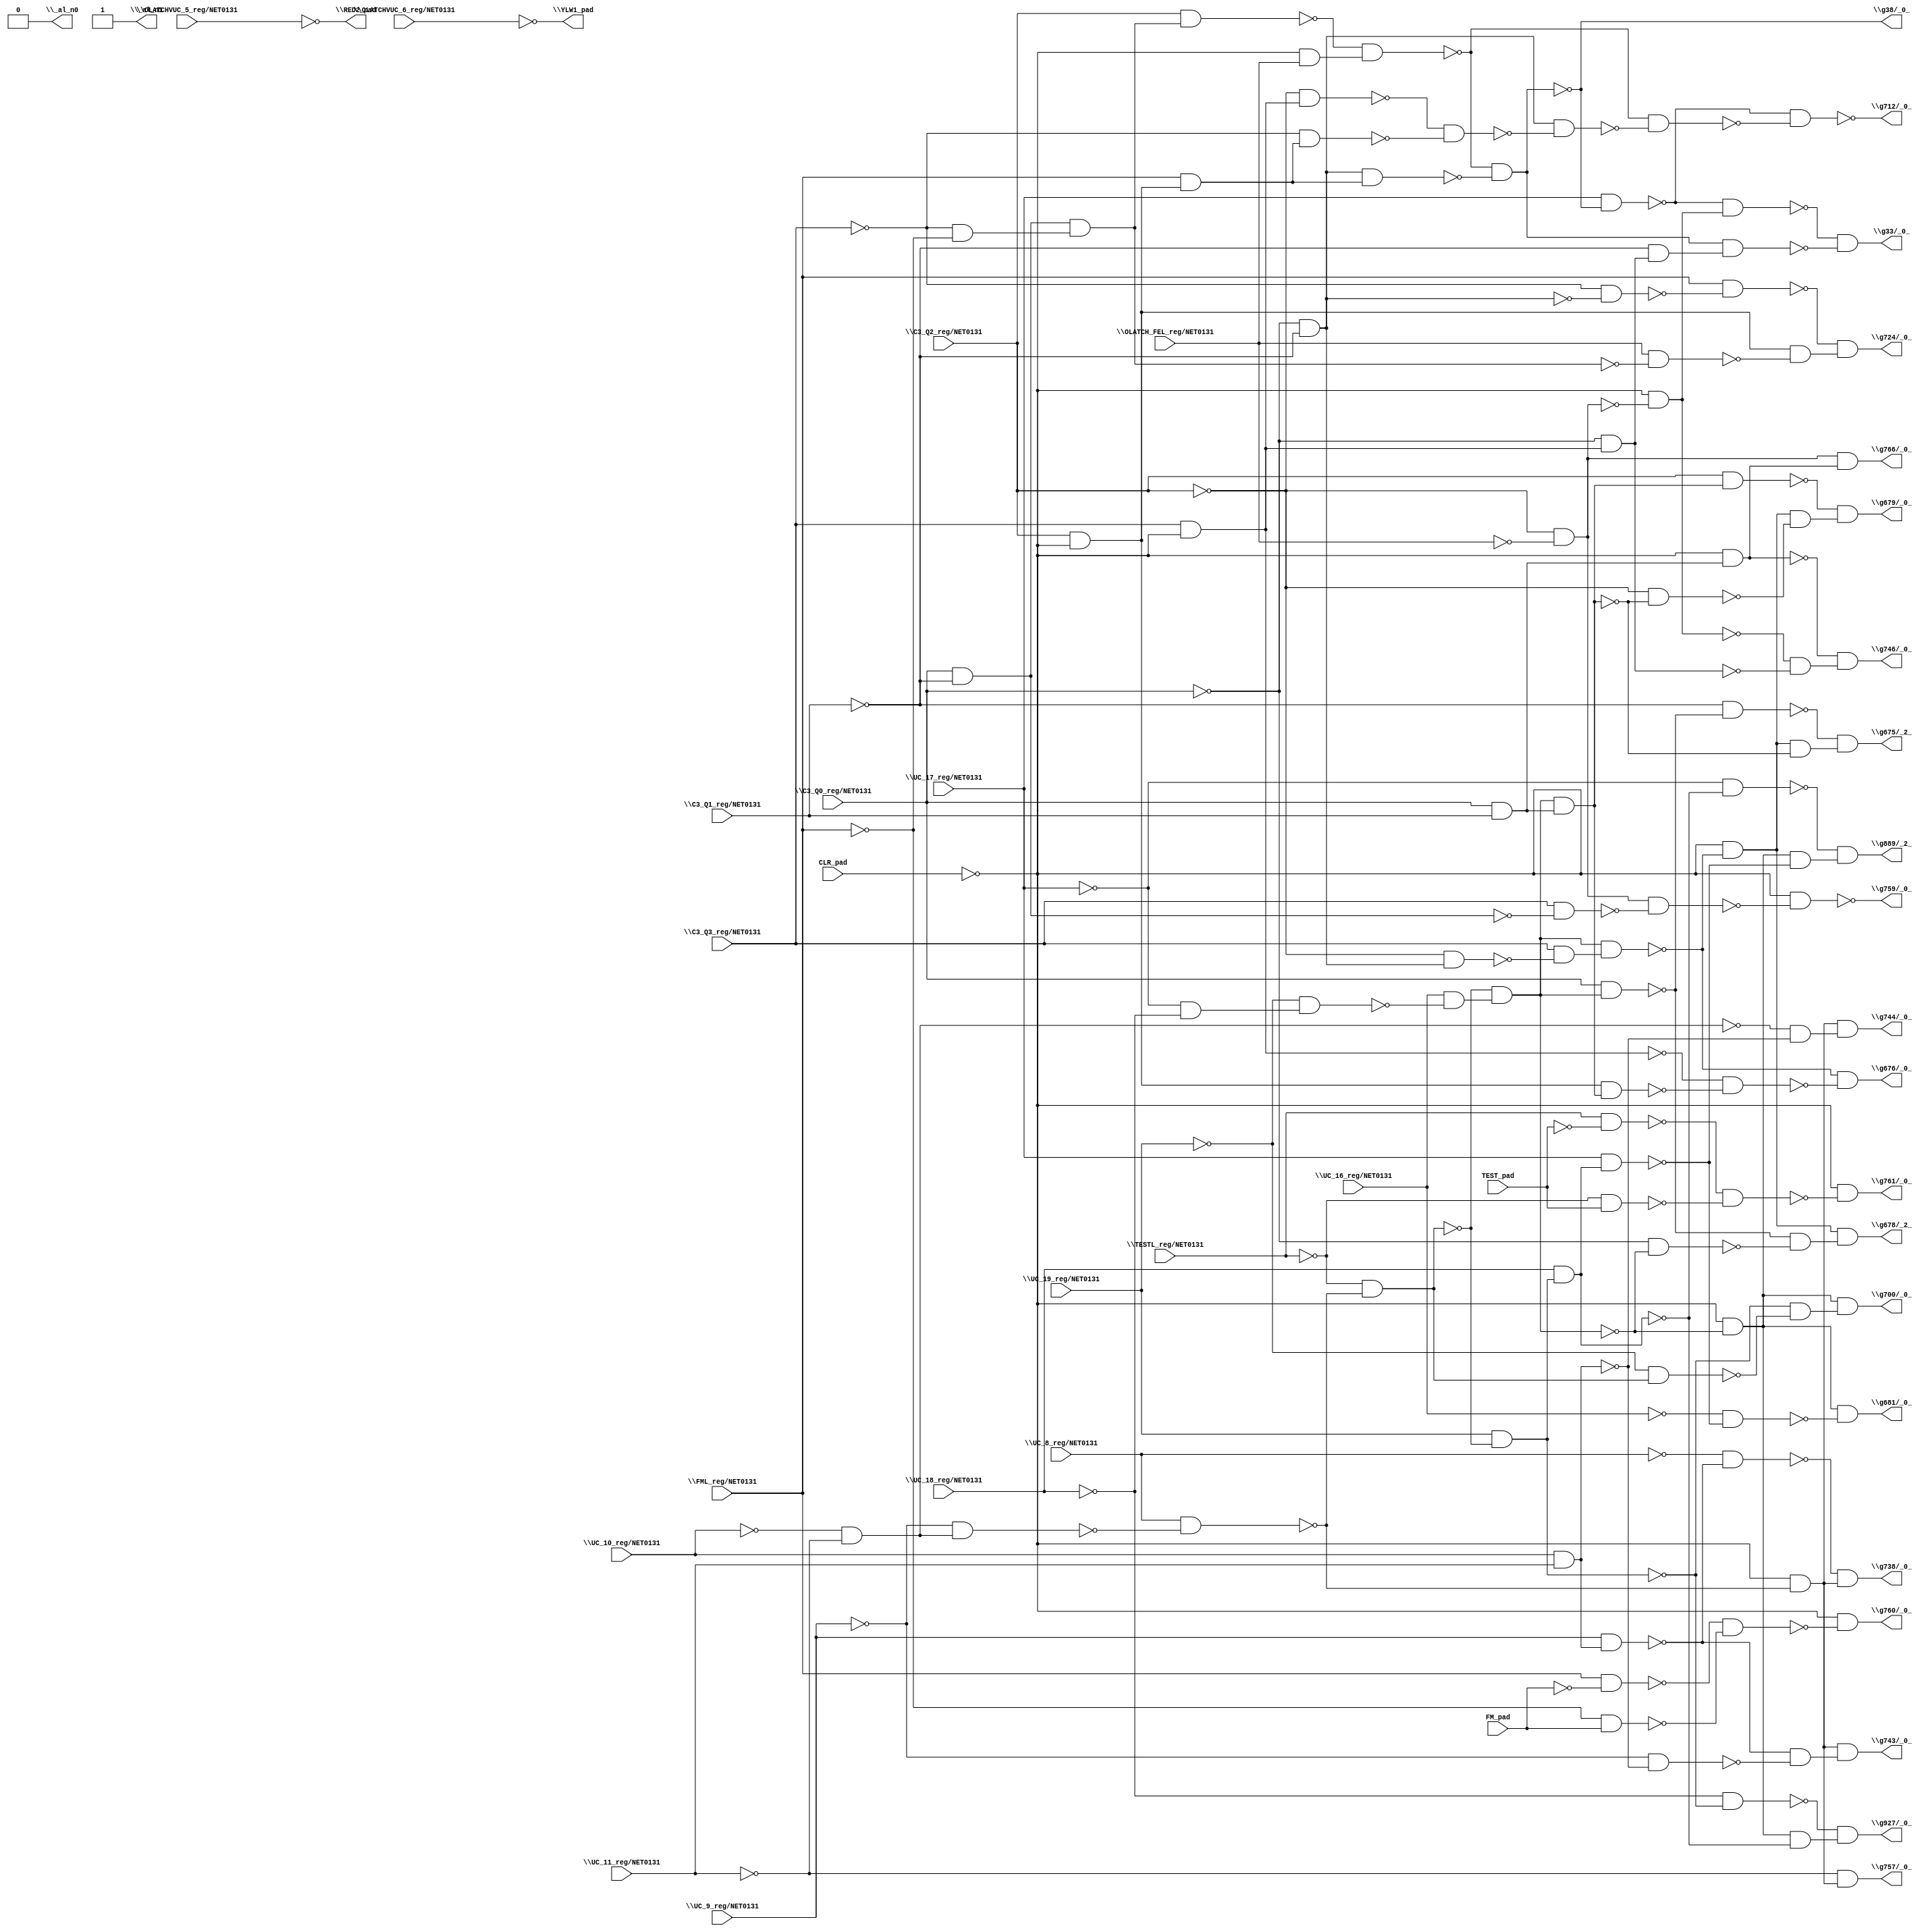
module top( \C3_Q0_reg/NET0131  , \C3_Q1_reg/NET0131  , \C3_Q2_reg/NET0131  , \C3_Q3_reg/NET0131  , CLR_pad , \FML_reg/NET0131  , FM_pad , \OLATCHVUC_5_reg/NET0131  , \OLATCHVUC_6_reg/NET0131  , \OLATCH_FEL_reg/NET0131  , \TESTL_reg/NET0131  , TEST_pad , \UC_10_reg/NET0131  , \UC_11_reg/NET0131  , \UC_16_reg/NET0131  , \UC_17_reg/NET0131  , \UC_18_reg/NET0131  , \UC_19_reg/NET0131  , \UC_8_reg/NET0131  , \UC_9_reg/NET0131  , \RED2_pad  , \YLW1_pad  , \_al_n0  , \_al_n1  , \g33/_0_  , \g38/_0_  , \g675/_2_  , \g676/_0_  , \g678/_2_  , \g679/_0_  , \g681/_0_  , \g700/_0_  , \g712/_0_  , \g724/_0_  , \g738/_0_  , \g743/_0_  , \g744/_0_  , \g746/_0_  , \g757/_0_  , \g759/_0_  , \g760/_0_  , \g761/_0_  , \g766/_0_  , \g889/_2_  , \g927/_0_  );
  input \C3_Q0_reg/NET0131  ;
  input \C3_Q1_reg/NET0131  ;
  input \C3_Q2_reg/NET0131  ;
  input \C3_Q3_reg/NET0131  ;
  input CLR_pad ;
  input \FML_reg/NET0131  ;
  input FM_pad ;
  input \OLATCHVUC_5_reg/NET0131  ;
  input \OLATCHVUC_6_reg/NET0131  ;
  input \OLATCH_FEL_reg/NET0131  ;
  input \TESTL_reg/NET0131  ;
  input TEST_pad ;
  input \UC_10_reg/NET0131  ;
  input \UC_11_reg/NET0131  ;
  input \UC_16_reg/NET0131  ;
  input \UC_17_reg/NET0131  ;
  input \UC_18_reg/NET0131  ;
  input \UC_19_reg/NET0131  ;
  input \UC_8_reg/NET0131  ;
  input \UC_9_reg/NET0131  ;
  output \RED2_pad  ;
  output \YLW1_pad  ;
  output \_al_n0  ;
  output \_al_n1  ;
  output \g33/_0_  ;
  output \g38/_0_  ;
  output \g675/_2_  ;
  output \g676/_0_  ;
  output \g678/_2_  ;
  output \g679/_0_  ;
  output \g681/_0_  ;
  output \g700/_0_  ;
  output \g712/_0_  ;
  output \g724/_0_  ;
  output \g738/_0_  ;
  output \g743/_0_  ;
  output \g744/_0_  ;
  output \g746/_0_  ;
  output \g757/_0_  ;
  output \g759/_0_  ;
  output \g760/_0_  ;
  output \g761/_0_  ;
  output \g766/_0_  ;
  output \g889/_2_  ;
  output \g927/_0_  ;
  wire n21 , n22 , n23 , n24 , n25 , n26 , n27 , n28 , n29 , n30 , n31 , n32 , n33 , n34 , n35 , n36 , n37 , n38 , n39 , n40 , n41 , n42 , n43 , n44 , n45 , n46 , n47 , n48 , n49 , n50 , n51 , n52 , n53 , n54 , n55 , n56 , n57 , n58 , n59 , n60 , n61 , n62 , n63 , n64 , n65 , n66 , n67 , n68 , n69 , n70 , n71 , n72 , n73 , n74 , n75 , n76 , n77 , n78 , n79 , n80 , n81 , n82 , n83 , n84 , n85 , n86 , n87 , n88 , n89 , n90 , n91 , n92 , n93 , n94 , n95 , n96 , n97 , n98 , n99 , n100 , n101 , n102 , n103 , n104 , n105 , n106 , n107 , n108 , n109 , n110 , n111 , n112 , n113 , n114 , n115 , n116 , n117 , n118 , n119 , n120 ;
  assign n21 = \C3_Q0_reg/NET0131  & ~\C3_Q1_reg/NET0131  ;
  assign n22 = ~\C3_Q3_reg/NET0131  & ~\FML_reg/NET0131  ;
  assign n23 = n21 & n22 ;
  assign n24 = \C3_Q2_reg/NET0131  & n23 ;
  assign n25 = ~CLR_pad & \OLATCH_FEL_reg/NET0131  ;
  assign n26 = ~n24 & n25 ;
  assign n27 = ~\C3_Q0_reg/NET0131  & ~\C3_Q1_reg/NET0131  ;
  assign n28 = \C3_Q2_reg/NET0131  & ~CLR_pad ;
  assign n29 = \FML_reg/NET0131  & n28 ;
  assign n30 = n27 & n29 ;
  assign n31 = ~n26 & ~n30 ;
  assign n32 = \UC_17_reg/NET0131  & ~n31 ;
  assign n33 = ~\C3_Q2_reg/NET0131  & ~\OLATCH_FEL_reg/NET0131  ;
  assign n34 = ~CLR_pad & ~n33 ;
  assign n35 = ~n32 & n34 ;
  assign n36 = \C3_Q3_reg/NET0131  & ~CLR_pad ;
  assign n37 = ~\C3_Q0_reg/NET0131  & n36 ;
  assign n38 = ~\C3_Q1_reg/NET0131  & n37 ;
  assign n39 = n31 & n38 ;
  assign n40 = ~n35 & ~n39 ;
  assign n42 = ~\UC_10_reg/NET0131  & ~\UC_11_reg/NET0131  ;
  assign n43 = ~\UC_9_reg/NET0131  & n42 ;
  assign n44 = \UC_8_reg/NET0131  & ~n43 ;
  assign n45 = ~\TESTL_reg/NET0131  & ~n44 ;
  assign n46 = ~\UC_17_reg/NET0131  & ~\UC_18_reg/NET0131  ;
  assign n47 = ~\UC_19_reg/NET0131  & n46 ;
  assign n48 = \UC_16_reg/NET0131  & ~n47 ;
  assign n49 = ~n45 & n48 ;
  assign n55 = \C3_Q0_reg/NET0131  & n49 ;
  assign n56 = ~\C3_Q1_reg/NET0131  & ~n55 ;
  assign n41 = ~\C3_Q2_reg/NET0131  & n27 ;
  assign n50 = \C3_Q3_reg/NET0131  & ~n41 ;
  assign n51 = n49 & n50 ;
  assign n52 = ~CLR_pad & ~n51 ;
  assign n53 = \C3_Q0_reg/NET0131  & \C3_Q1_reg/NET0131  ;
  assign n54 = n49 & n53 ;
  assign n57 = n52 & ~n54 ;
  assign n58 = ~n56 & n57 ;
  assign n59 = n28 & n54 ;
  assign n60 = ~n36 & ~n59 ;
  assign n61 = ~n51 & ~n60 ;
  assign n62 = ~\C3_Q0_reg/NET0131  & ~n49 ;
  assign n63 = ~n55 & ~n62 ;
  assign n64 = n52 & n63 ;
  assign n66 = \C3_Q2_reg/NET0131  & n54 ;
  assign n65 = ~\C3_Q2_reg/NET0131  & ~n54 ;
  assign n67 = n52 & ~n65 ;
  assign n68 = ~n66 & n67 ;
  assign n69 = ~CLR_pad & ~n49 ;
  assign n70 = \UC_19_reg/NET0131  & ~n45 ;
  assign n71 = \UC_18_reg/NET0131  & n70 ;
  assign n72 = \UC_17_reg/NET0131  & n71 ;
  assign n73 = ~\UC_16_reg/NET0131  & ~n72 ;
  assign n74 = n69 & ~n73 ;
  assign n75 = ~\UC_19_reg/NET0131  & n45 ;
  assign n76 = ~n70 & ~n75 ;
  assign n77 = n69 & n76 ;
  assign n78 = ~\C3_Q2_reg/NET0131  & n36 ;
  assign n79 = ~\C3_Q3_reg/NET0131  & n29 ;
  assign n80 = ~n78 & ~n79 ;
  assign n81 = n27 & ~n80 ;
  assign n82 = ~n26 & ~n81 ;
  assign n83 = ~n32 & ~n82 ;
  assign n85 = ~\C3_Q3_reg/NET0131  & ~n27 ;
  assign n86 = \FML_reg/NET0131  & ~n85 ;
  assign n84 = \OLATCH_FEL_reg/NET0131  & ~n23 ;
  assign n87 = n28 & ~n84 ;
  assign n88 = ~n86 & n87 ;
  assign n89 = \UC_10_reg/NET0131  & \UC_11_reg/NET0131  ;
  assign n90 = \UC_9_reg/NET0131  & n89 ;
  assign n91 = ~\UC_8_reg/NET0131  & ~n90 ;
  assign n92 = ~CLR_pad & ~n44 ;
  assign n93 = ~n91 & n92 ;
  assign n94 = ~\UC_9_reg/NET0131  & ~n89 ;
  assign n95 = ~n90 & ~n94 ;
  assign n96 = n92 & n95 ;
  assign n97 = ~n42 & ~n89 ;
  assign n98 = n92 & n97 ;
  assign n99 = ~CLR_pad & n53 ;
  assign n100 = ~n34 & ~n37 ;
  assign n101 = ~n99 & n100 ;
  assign n102 = ~\UC_11_reg/NET0131  & n92 ;
  assign n103 = \C3_Q3_reg/NET0131  & ~n21 ;
  assign n104 = n33 & ~n103 ;
  assign n105 = ~CLR_pad & ~n104 ;
  assign n106 = \FML_reg/NET0131  & ~FM_pad ;
  assign n107 = ~\FML_reg/NET0131  & FM_pad ;
  assign n108 = ~n106 & ~n107 ;
  assign n109 = ~CLR_pad & ~n108 ;
  assign n110 = \TESTL_reg/NET0131  & ~TEST_pad ;
  assign n111 = ~\TESTL_reg/NET0131  & TEST_pad ;
  assign n112 = ~n110 & ~n111 ;
  assign n113 = ~CLR_pad & ~n112 ;
  assign n114 = n33 & n99 ;
  assign n115 = ~\UC_17_reg/NET0131  & ~n71 ;
  assign n116 = n69 & ~n72 ;
  assign n117 = ~n115 & n116 ;
  assign n118 = ~\UC_18_reg/NET0131  & ~n70 ;
  assign n119 = n69 & ~n71 ;
  assign n120 = ~n118 & n119 ;
  assign \RED2_pad  = ~\OLATCHVUC_5_reg/NET0131  ;
  assign \YLW1_pad  = ~\OLATCHVUC_6_reg/NET0131  ;
  assign \_al_n0  = 1'b0 ;
  assign \_al_n1  = ~1'b0 ;
  assign \g33/_0_  = n40 ;
  assign \g38/_0_  = ~n31 ;
  assign \g675/_2_  = n58 ;
  assign \g676/_0_  = n61 ;
  assign \g678/_2_  = n64 ;
  assign \g679/_0_  = n68 ;
  assign \g681/_0_  = n74 ;
  assign \g700/_0_  = n77 ;
  assign \g712/_0_  = ~n83 ;
  assign \g724/_0_  = n88 ;
  assign \g738/_0_  = n93 ;
  assign \g743/_0_  = n96 ;
  assign \g744/_0_  = n98 ;
  assign \g746/_0_  = n101 ;
  assign \g757/_0_  = n102 ;
  assign \g759/_0_  = ~n105 ;
  assign \g760/_0_  = n109 ;
  assign \g761/_0_  = n113 ;
  assign \g766/_0_  = n114 ;
  assign \g889/_2_  = n117 ;
  assign \g927/_0_  = n120 ;
endmodule